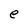
Character: e